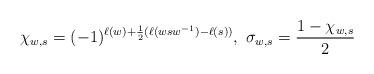
LaTeX: \begin{align*}\chi_{w,s}=(-1)^{\ell(w)+\frac{1}{2}(\ell(wsw^{-1})-\ell(s))},~\sigma_{w,s}=\frac{1-\chi_{w,s}}{2}\end{align*}